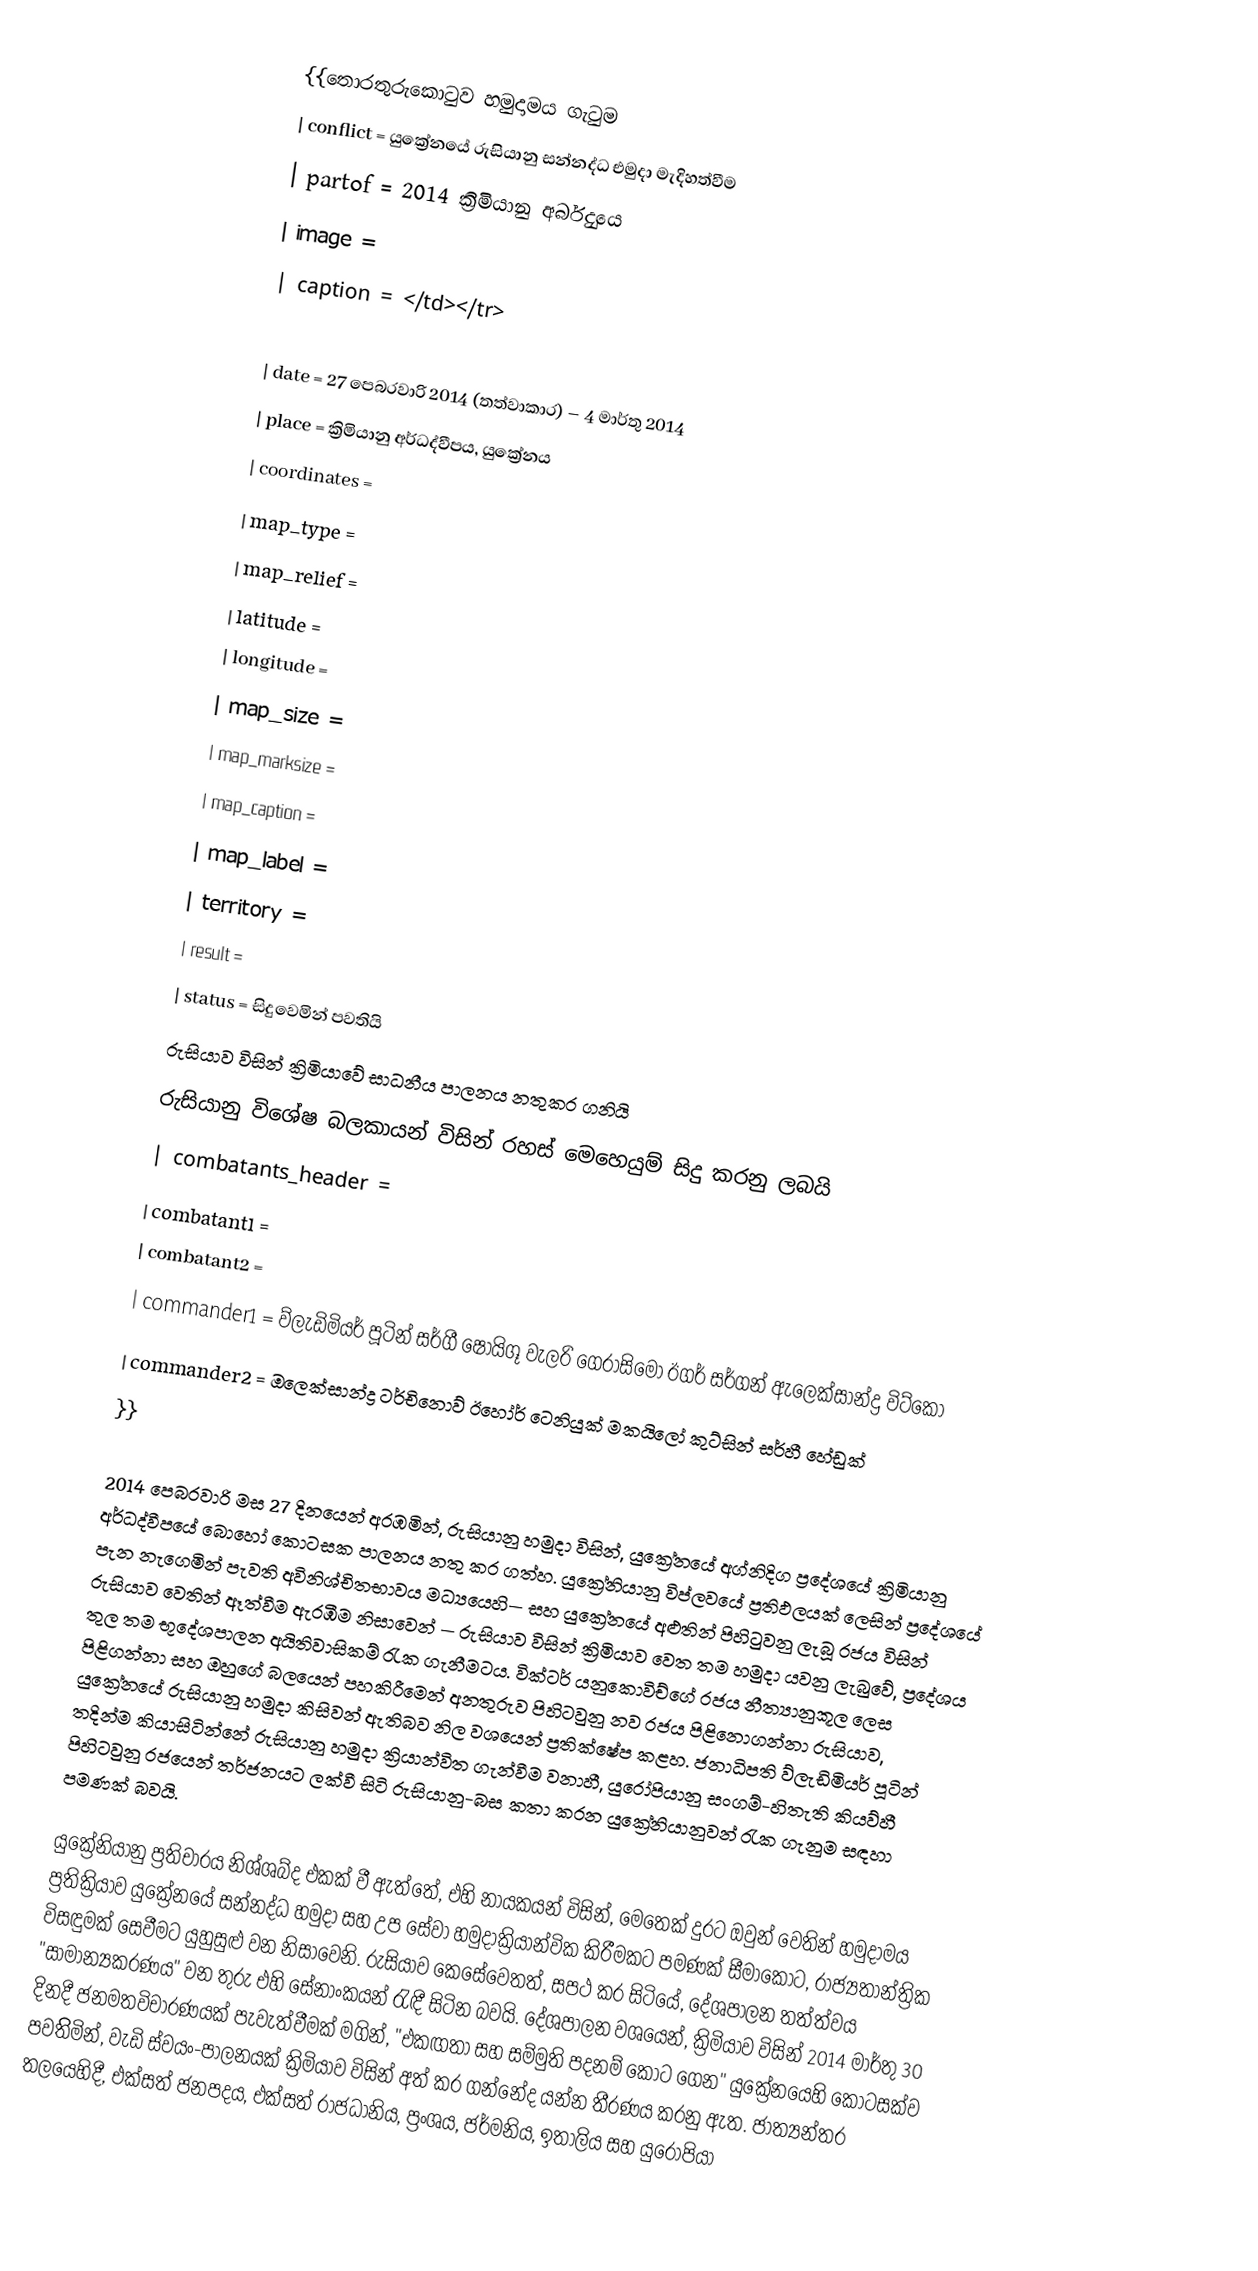
{{තොරතුරුකොටුව හමුදාමය ගැටුම
| conflict    = යුක්‍රේනයේ රුසියානු සන්නද්ධ එමුදා මැදිහත්වීම
| partof      =  2014 ක්‍රිමියානු අර්බුදයෙ
| image       =
| caption      = </td></tr>

| date        = 27 පෙබරවාරි 2014 (තත්වාකාර) – 4 මාර්තු 2014
| place       = ක්‍රිමියානු අර්ධද්වීපය, යුක්‍රේනය
| coordinates =
| map_type    =
| map_relief  =
| latitude    =
| longitude   =
| map_size    =
| map_marksize =
| map_caption =
| map_label   =
| territory   =
| result      =
| status      = සිදුවෙමින් පවතියි
 රුසියාව විසින් ක්‍රිමියාවේ සාධනීය පාලනය නතුකර ගනියි
රුසියානු විශේෂ බලකායන් විසින් රහස් මෙහෙයුම් සිදු කරනු ලබයි
| combatants_header =
| combatant1  =
| combatant2  =
| commander1  =  ව්ලැඩිමියර් පූටින් සර්ගී ෂොයිගූ වැලරි ගෙරාසිමෝ ඊගර් සර්ගන් ඇලෙක්සාන්ද්‍ර විට්කෝ
| commander2  =  ඔලෙක්සාන්ද්‍ර ටර්චිනොව් ඊහෝර් ටෙනියුක් මකයිලෝ කුට්සින් සර්හී හේඩුක්
}}

2014 පෙබරවාරි මස 27 දිනයෙන් අරඹමින්, රුසියානු හමුදා විසින්,   යුක්‍රේනයේ අග්නිදිග ප්‍රදේශයේ ක්‍රිමියානු අර්ධද්වීපයේ බොහෝ කොටසක පාලනය නතු කර ගත්හ. යුක්‍රේනියානු විප්ලවයේ ප්‍රතිඵලයක් ලෙසින් ප්‍රදේශයේ පැන නැගෙමින් පැවති අවිනිශ්චිතභාවය මධ්‍යයෙහි— සහ යුක්‍රේනයේ අළුතින් පිහිටුවනු ලැබූ රජය විසින් රුසියාව වෙතින් ඈත්වීම ඇරඹීම නිසාවෙන් — රුසියාව විසින් ක්‍රිමියාව වෙත තම හමුදා යවනු ලැබුවේ,   ප්‍ර‍දේශය තුල තම භූදේශපාලන අයිතිවාසිකම් රැක ගැනීමටය. වික්ටර් යනුකොවිච්ගේ රජය නීත්‍යානුකූල ලෙස පිළිගන්නා සහ ඔහුගේ බලයෙන් පහකිරීමෙන් අනතුරුව පිහිටවුනු නව රජය පිළිනොගන්නා රුසියාව, යුක්‍රේනයේ රුසියානු හමුදා කිසිවන් ඇතිබව නිල වශයෙන් ප්‍රතික්ෂේප කළහ. ජනාධිපති ව්ලැඩිමියර් පූටින් තදින්ම කියාසිටින්නේ රුසියානු හමුදා ක්‍රියාන්විත ගැන්වීම වනාහී, යුරෝපියානු සංගම්-හිතැති කියව්හී පිහිටවුනු රජයෙන් තර්ජනයට ලක්වී සිටි රුසියානු-බස කතා කරන යුක්‍රේනියානුවන් රැක ගැනුම සඳහා පමණක් බවයි.

යුක්‍රේනියානු ප්‍රතිචාරය නිශ්ශබ්ද එකක් වී ඇත්තේ, එහි නායකයන් විසින්, මෙතෙක් දුරට ඔවුන් වෙතින් හමුදාමය ප්‍රතික්‍රියාව  යුක්‍රේනයේ සන්නද්ධ හමුදා සහ උප සේවා හමුදාක්‍රියාන්වික කිරීමකට පමණක් සීමාකොට,  රාජ්‍යතාන්ත්‍රික විසඳුමක් සෙවීමට යුහුසුළු වන නිසාවෙනි. රුසියාව කෙසේවෙතත්, සපථ කර සිටියේ, දේශපාලන තත්ත්වය  "සාමාන්‍යකරණය" වන තුරු එහි සේනාංකයන් රැඳී සිටින බවයි.  දේශපාලන වශයෙන්, ක්‍රිමියාව විසින් 2014 මාර්තු 30 දිනදී ජනමතවිචාරණයක් පැවැත්වීමක් මගින්,    "එකඟතා සහ සම්මුති පදනම් කොට ගෙන" යුක්‍රේනයෙහි කොටසක්ව පවතිිමින්, වැඩි ස්වයං-පාලනයක් ක්‍රිමියාව විසින් අත් කර ගන්නේද යන්න තීරණය කරනු ඇත.   ජාත්‍යන්තර තලයෙහිදී, එක්සත් ජනපදය, එක්සත් රාජධානිය, ප්‍රංශය, ජර්මනිය, ඉතාලිය සහ  යුරෝපියා